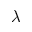
\lambda